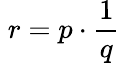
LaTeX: \; r=p\cdot{\frac{1}{q}}